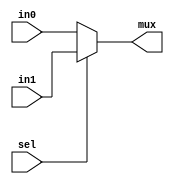
(* dont_touch = "yes" *)
module mux2_to_1(
    input in0,
    input in1,
    input sel,
    output reg mux
    );
       
    always@(in0, in1, sel) begin
        if(sel)
             mux = in1;
            
        else 
             mux = in0;
    end
    
endmodule